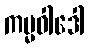
ကမ္မဝါဒေါ